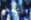
لتحضر